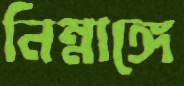
নিম্নাঙ্গে